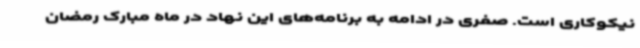
نیکوکاری است. صفری در ادامه به برنامه‌های این نهاد در ماه مبارک رمضان